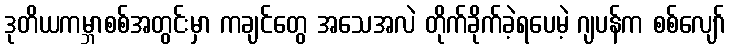
ဒုတိယကမ္ဘာစစ်အတွင်းမှာ ကချင်တွေ အသေအလဲ တိုက်ခိုက်ခဲ့ရပေမဲ့ ဂျပန်က စစ်လျော်